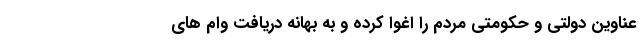
عناوین دولتی و حکومتی مردم را اغوا کرده و به بهانه دریافت وام های